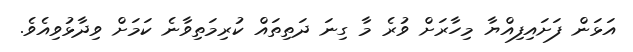
އަޅަން ފަށައިފިއްޔާ މިހާރަށް ވުރެ މާ ގިނަ ދަތިތައް ކުރިމަތިވާނެ ކަމަށް ވިދާޅުވިއެވެ.